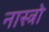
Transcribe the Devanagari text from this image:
नास्त्रो